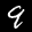
Label: 9